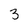
Character: 3